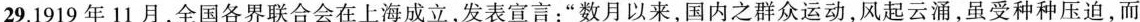
29.1919年11月，全国各界联合会在上海成立，发表宣言：”数月以来，国内之群众运动，风起云涌，虽受种种压迫，而